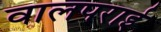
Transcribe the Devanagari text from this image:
वालपराई